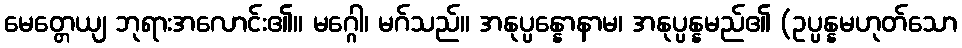
မေတ္တေယျ ဘုရားအလောင်း၏။ မဂ္ဂေါ၊ မဂ်သည်။ အနုပ္ပန္နောနာမ၊ အနုပ္ပန္နမည်၏ (ဥပ္ပန္နမဟုတ်သော